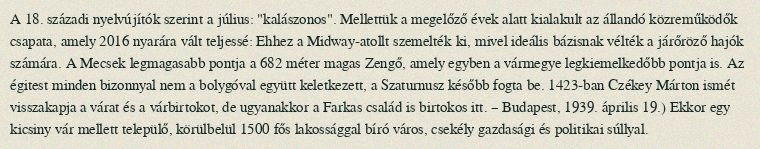
A 18. századi nyelvújítók szerint a július: "kalászonos". Mellettük a megelőző évek alatt kialakult az állandó közreműködők csapata, amely 2016 nyarára vált teljessé: Ehhez a Midway-atollt szemelték ki, mivel ideális bázisnak vélték a járőröző hajók számára. A Mecsek legmagasabb pontja a 682 méter magas Zengő, amely egyben a vármegye legkiemelkedőbb pontja is. Az égitest minden bizonnyal nem a bolygóval együtt keletkezett, a Szaturnusz később fogta be. 1423-ban Czékey Márton ismét visszakapja a várat és a várbirtokot, de ugyanakkor a Farkas család is birtokos itt. – Budapest, 1939. április 19.) Ekkor egy kicsiny vár mellett települő, körülbelül 1500 fős lakossággal bíró város, csekély gazdasági és politikai súllyal.